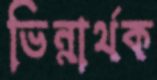
ভিন্নার্থক